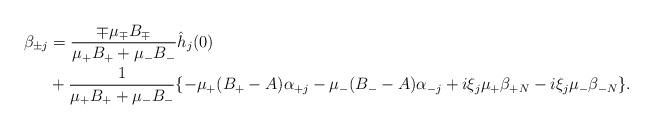
LaTeX: \begin{align*}\beta_{\pm j} &= \frac{\mp\mu_\mp B_\mp}{\mu_{+}B_++\mu_{-}B_-}\hat h_j(0)\\&+\frac{1}{\mu_{+}B_++\mu_{-}B_-}\{- \mu_{+}(B_+-A)\alpha_{+j}-\mu_{-}(B_--A)\alpha_{-j}+i\xi_j\mu_+\beta_{+N}-i\xi_j\mu_-\beta_{-N}\}.\end{align*}